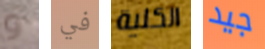
و في الكلية جيد